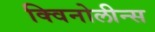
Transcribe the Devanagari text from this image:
क्विनोलीन्स